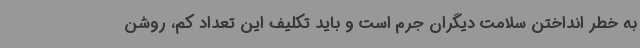
به خطر انداختن سلامت دیگران جرم است و باید تکلیف این تعداد کم، روشن